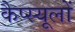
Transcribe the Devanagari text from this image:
कैप्स्यूलों